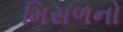
મિસળનો